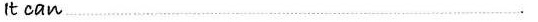
lt can …………